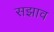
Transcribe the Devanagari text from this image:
सझाव